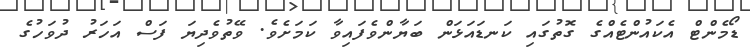
ޑޯމެންޓް އެކައުންޓެއްގެ ގޮތުގައި ކަނޑައަޅަން ބަޔާންވެފައިވާ ކަމަށެވެ. ވޭތުވެދިޔަ ފަސް އަހަރު ދުވަހުގެ